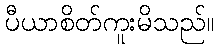
ပီယာစိတ်ကူးမိသည်။